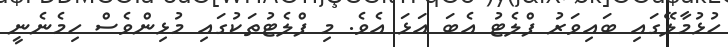
ހުޅުމާލޭގައި ބައިވަރު ފްލެޓު އެބަ އަޅަ އެވެ. މި ފްލެޓުތަކުގައި މުޅިންވެސް ހިމެނެނީ